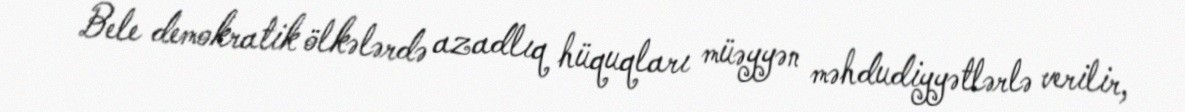
Bele demokratik ölkələrdə azadlıq hüquqları müəyyən məhdudiyyətlərlə verilir,